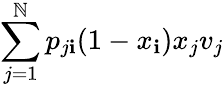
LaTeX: \sum_{j=1}^{\mathbb{N}}p_{j\mathbf{i}}(1-x_{\mathbf{i}})x_{j}v_{j}